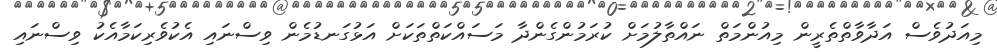
މިއަދުވެސް އަދާވާތްތެރީން މިއުންމަތް ނައްތާލުމަށް ކުރަމުންގެންދާ މަސައްކަތްތަކަށް އަޅުގަނޑުމެން ވިސްނައި އެކުވެރިކަމާއެކު ވިސްނައި